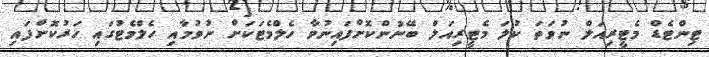
ޓިންޓެޑް މެޓީރިއަލް ނުވަތަ ކުލަ މެޓީރިއަލް ބޭނުންކޮށްފައިނުވާ ހެލްމެޓަކަށް ނުވުމާއި ހެލްމެޓުގައި ހަރުކޮށްފައި